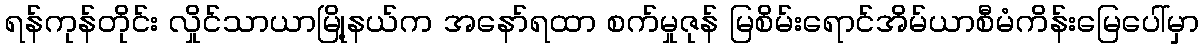
ရန်ကုန်တိုင်း လှိုင်သာယာမြို့နယ်က အနော်ရထာ စက်မှုဇုန် မြစိမ်းရောင်အိမ်ယာစီမံကိန်းမြေပေါ်မှာ